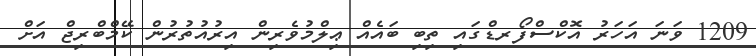
1209 ވަނަ އަހަރު އޮކްސްފޯރޑްގައި ތިބި ބައެއް ޢިލްމުވެރިން އިރުއުތުރުން ކޭމްބްރިޖް އަށް